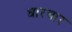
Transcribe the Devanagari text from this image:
धारबार